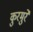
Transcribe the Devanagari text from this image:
कुरमुरे